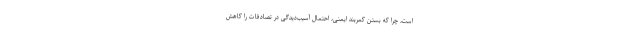
است، چرا که بستن کمربند ایمنی، احتمال آسیب‌دیدگی در تصادفات را کاهش